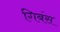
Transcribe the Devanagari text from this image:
गिबंस